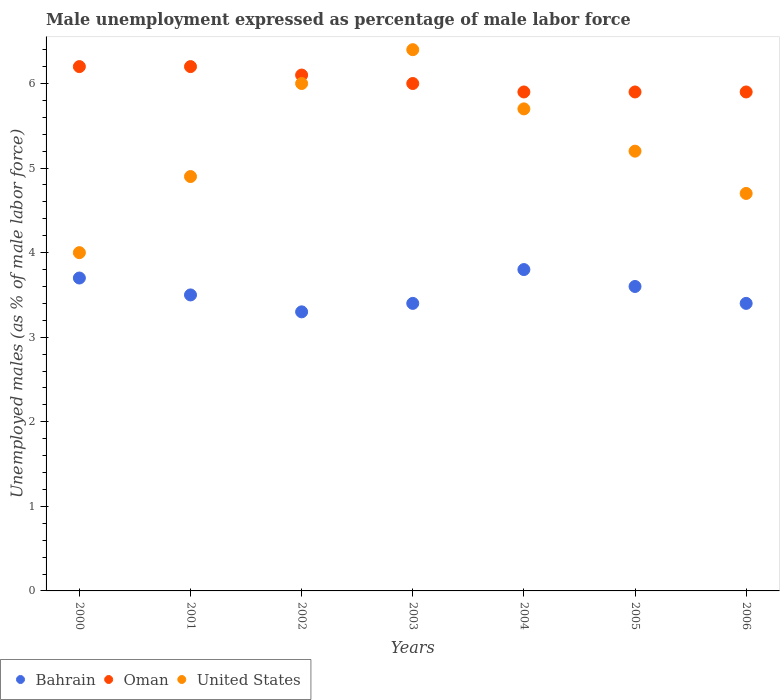
| Years | Bahrain | Oman | United States |
 | --- | --- | --- | --- |
 | 2000 | 3.7 | 6.2 | 4 |
 | 2001 | 3.5 | 6.2 | 4.9 |
 | 2002 | 3.3 | 6.1 | 6 |
 | 2003 | 3.4 | 6 | 6.4 |
 | 2004 | 3.8 | 5.9 | 5.7 |
 | 2005 | 3.6 | 5.9 | 5.2 |
 | 2006 | 3.4 | 5.9 | 4.7 |